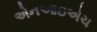
એનઆઇએચ